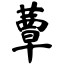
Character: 蕈